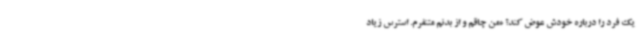
یک فرد را درباره خودش عوض کند؟ «من چاقم و از بدنم متنفرم. استرس زیاد